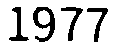
1977